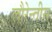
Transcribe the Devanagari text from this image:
लौरेन्तीस